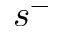
s ^ { - }